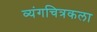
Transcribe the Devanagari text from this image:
व्यंगचित्रकला